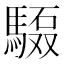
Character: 𲋺